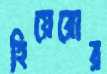
হিয়েরোর